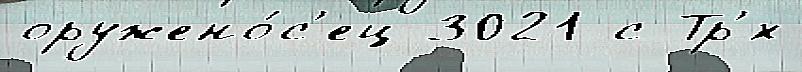
оружено́с'ец 3021 с Тр'́х